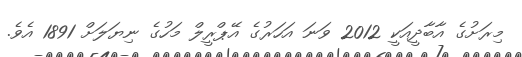
މިރަށުގެ އާބާދީއަކީ 2012 ވަނަ އަހަރުގެ އޭޕްރީލް މަހުގެ ނިޔަލަށް 1891 އެވެ.